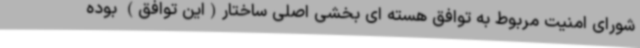
شورای امنیت مربوط به توافق هسته ای بخشی اصلی ساختار(این توافق) بوده